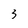
Character: 3